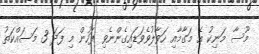
މޫސާ މަނިކު އެ މަގާމާއި ހަވާލުވެވަޑައިގެންނެވި ފަހުން މި ފަދަ 3 މަސައްކަތު